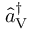
\hat { a } _ { \mathrm { V } } ^ { \dagger }